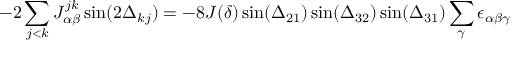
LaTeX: - 2 \sum _ { j < k } J _ { \alpha \beta } ^ { j k } \sin ( 2 \Delta _ { k j } ) = - 8 J ( \delta ) \sin ( \Delta _ { 2 1 } ) \sin ( \Delta _ { 3 2 } ) \sin ( \Delta _ { 3 1 } ) \sum _ { \gamma } \epsilon _ { \alpha \beta \gamma }